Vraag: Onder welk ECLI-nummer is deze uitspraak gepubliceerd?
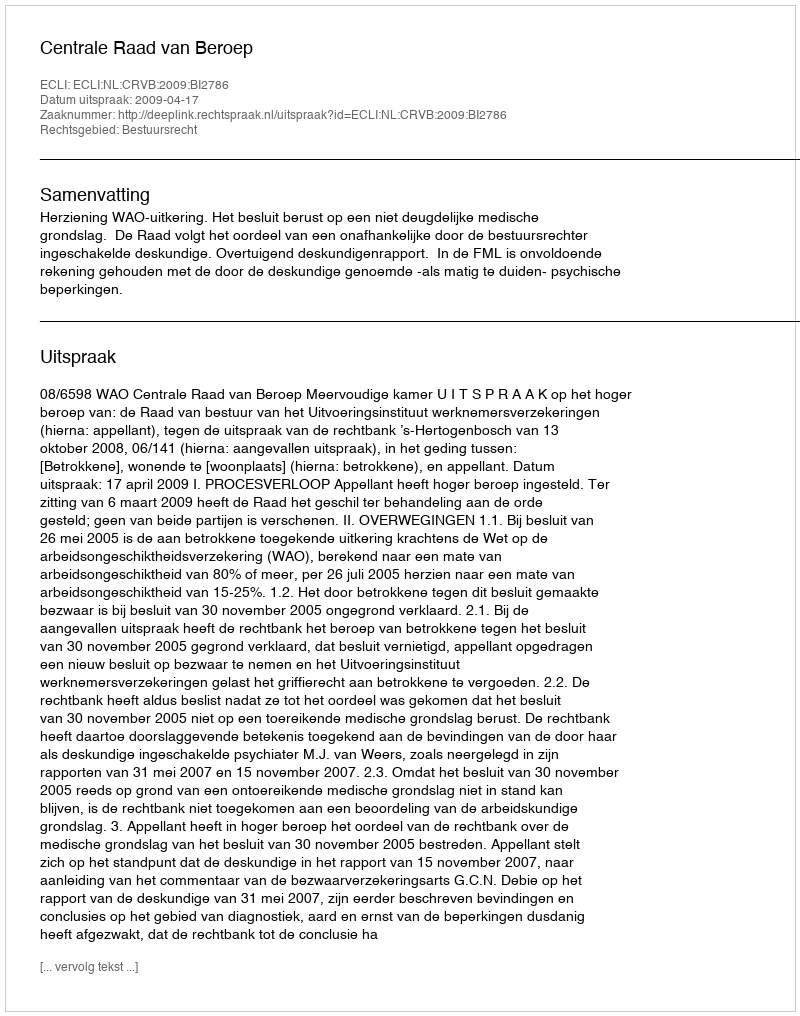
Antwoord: ECLI:NL:CRVB:2009:BI2786